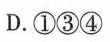
D.①③④